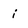
Character: i